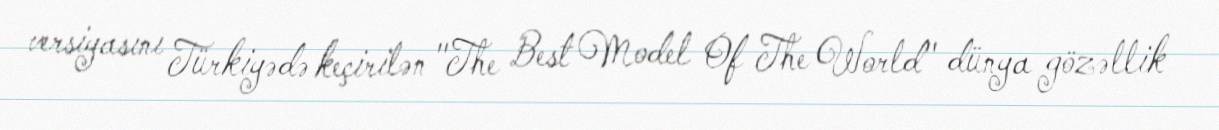
versiyasını Türkiyədə keçirilən "The Best Model Of The World" dünya gözəllik